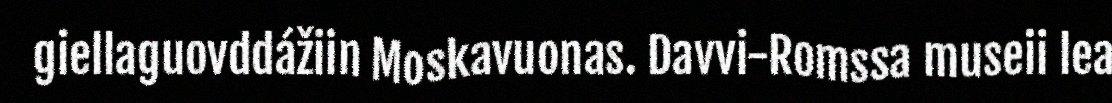
giellaguovddážiin Moskavuonas. Davvi-Romssa museii lea